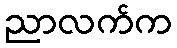
ညာလက်က